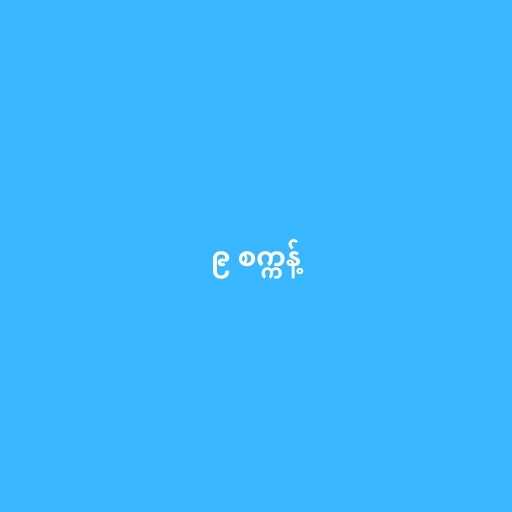
၉ စက္ကန့်